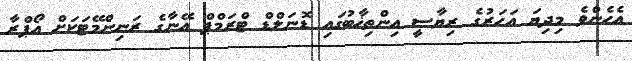
އެހެންވެ މިދިޔަ އަހަރުގެ ރިޔާސީ އިންތިޚާބުގައި ޑޮނަލްޑް ޓްރަމްޕް އޭނާގެ ރަނިންމޭޓަކަށް އޯޕްރާ